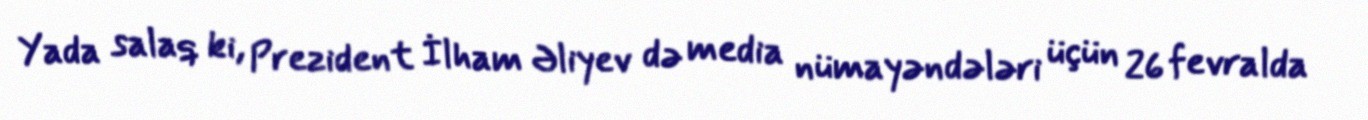
Yada salaq ki, Prezident İlham Əliyev də media nümayəndələri üçün 26 fevralda